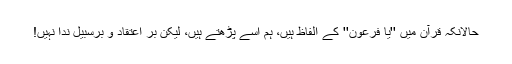
حالانکہ قرآن میں ''يا فرعون'' کے الفاظ ہیں، ہم اسے پڑھتے ہیں، لیکن بر اعتقاد و برسبیل ندا نہیں!